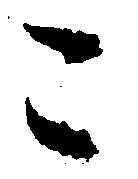
こ